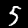
Label: 5